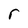
Character: r